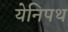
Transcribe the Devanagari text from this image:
येनिपथ